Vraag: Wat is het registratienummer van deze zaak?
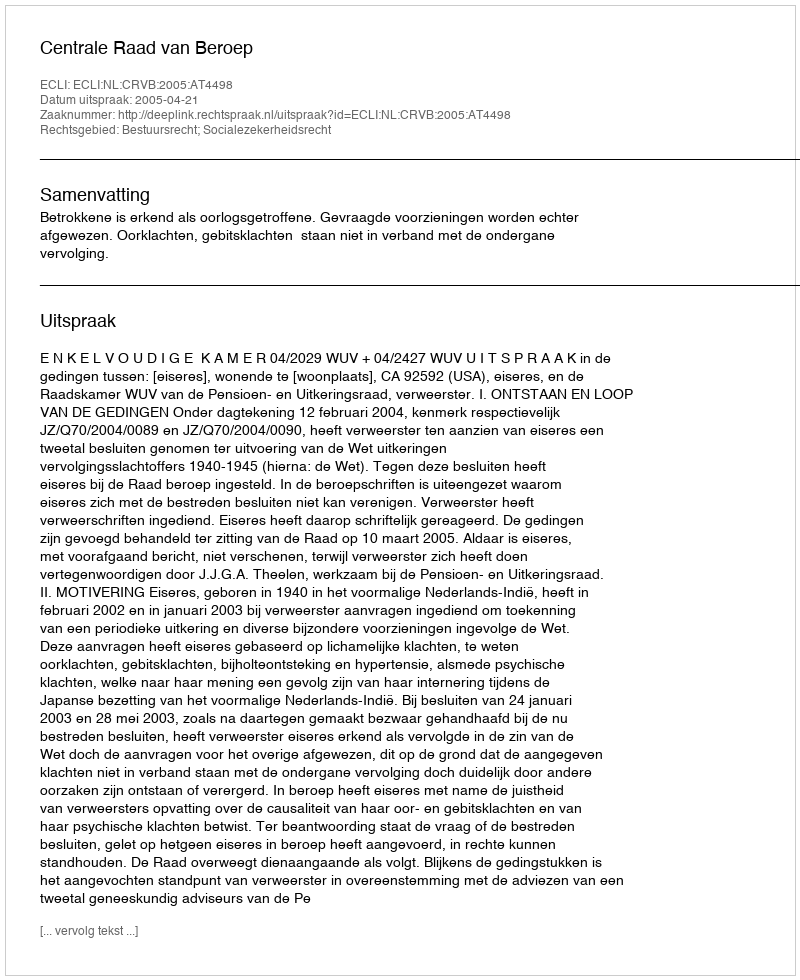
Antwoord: http://deeplink.rechtspraak.nl/uitspraak?id=ECLI:NL:CRVB:2005:AT4498